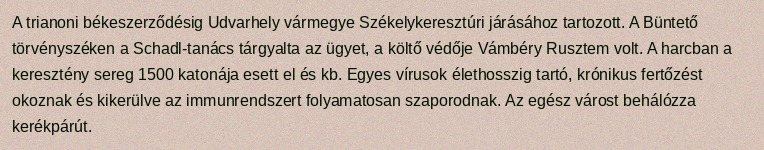
A trianoni békeszerződésig Udvarhely vármegye Székelykeresztúri járásához tartozott. A Büntető törvényszéken a Schadl-tanács tárgyalta az ügyet, a költő védője Vámbéry Rusztem volt. A harcban a keresztény sereg 1500 katonája esett el és kb. Egyes vírusok élethosszig tartó, krónikus fertőzést okoznak és kikerülve az immunrendszert folyamatosan szaporodnak. Az egész várost behálózza kerékpárút.